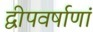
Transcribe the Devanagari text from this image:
द्वीपवर्षाणां